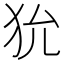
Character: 狁